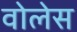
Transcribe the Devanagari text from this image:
वोलेस